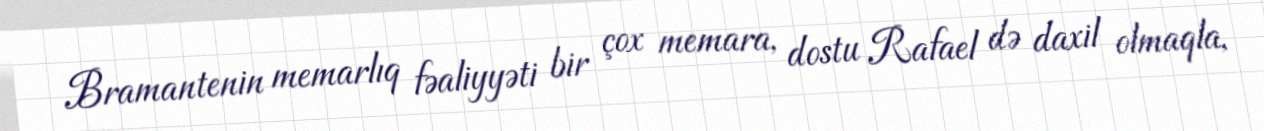
Bramantenin memarlıq fəaliyyəti bir çox memara, dostu Rafael də daxil olmaqla,